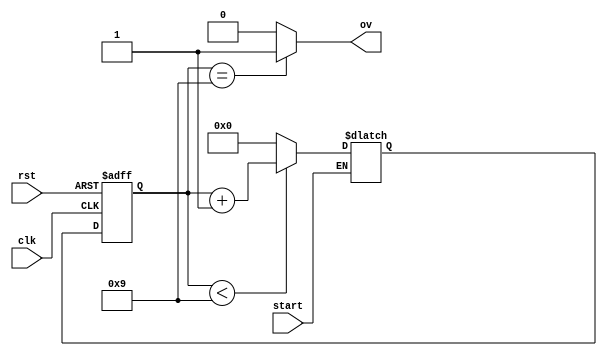
`timescale 1ns / 1ps
//////////////////////////////////////////////////////////////////////////////////
// Company: 
// Engineer: 
// 
// Design Name: 
// Module Name: counter
// Project Name: 
// Target Devices: 
// Tool Versions: 
// Description: 
// 
// Dependencies: 
// 
// Revision:
// Revision 0.01 - File Created
// Additional Comments:
// 
//////////////////////////////////////////////////////////////////////////////////


module counter
#(parameter max = 9)
(
input wire clk,rst,start, 
output reg ov     
); 
reg[3:0] cnt, cnt_next; 
always@(cnt or start) 
if(start)  begin     
	if(cnt<max)         
		cnt_next = cnt+1; 
	else         
		cnt_next = 0; 
end       
 
always@(posedge clk or negedge rst)      
if(!rst)         
	cnt<=0;     
else         
	cnt<=cnt_next; 
 
always@(cnt)     
if(cnt==max)         
	ov=1;     
else         
	ov=0;
endmodule